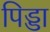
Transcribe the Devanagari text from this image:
पिड्डा